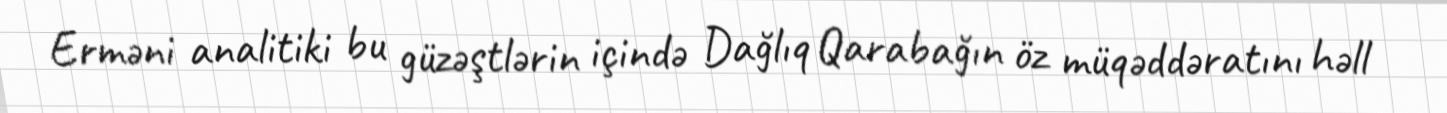
Erməni analitiki bu güzəştlərin içində Dağlıq Qarabağın öz müqəddəratını həll